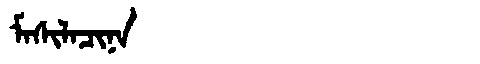
Manchu: ᠮᠠᠰᡳᠯᠠᠴᡳᠨᠠ
Romanization: MASILACINA